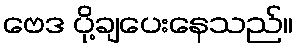
ဗေဒ ပို့ချပေးနေသည်။